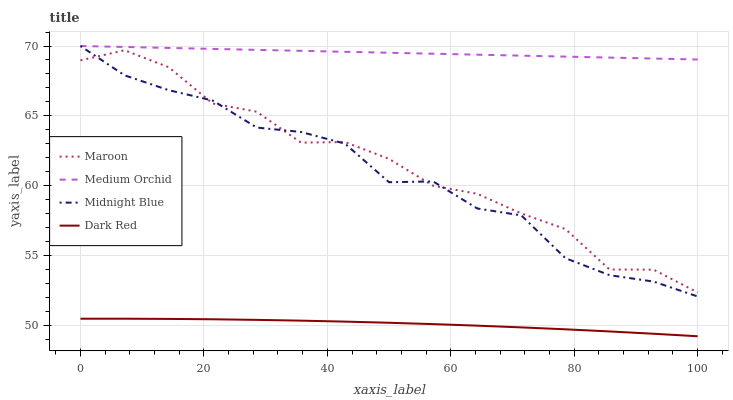
| xaxis_label | Maroon | Medium Orchid | Midnight Blue | Dark Red |
 | --- | --- | --- | --- | --- |
 | 0 | 69 | 70 | 70 | 50.5 |
 | 7.14 | 69.7 | 69.9 | 67.9 | 50.5 |
 | 14.3 | 68.5 | 69.9 | 66.8 | 50.4 |
 | 21.4 | 65.9 | 69.8 | 66.1 | 50.4 |
 | 28.6 | 65.3 | 69.7 | 64.2 | 50.4 |
 | 35.7 | 63.1 | 69.7 | 63.8 | 50.3 |
 | 42.9 | 63.1 | 69.6 | 63 | 50.3 |
 | 50 | 61.9 | 69.5 | 60.2 | 50.2 |
 | 57.1 | 60 | 69.4 | 60.3 | 50.1 |
 | 64.3 | 59.4 | 69.4 | 58.4 | 50 |
 | 71.4 | 58 | 69.3 | 57.9 | 49.8 |
 | 78.6 | 56.9 | 69.2 | 54.8 | 49.7 |
 | 85.7 | 54 | 69.2 | 53.6 | 49.6 |
 | 92.9 | 54 | 69.1 | 53.1 | 49.4 |
 | 100 | 52.3 | 69 | 52.1 | 49.2 |